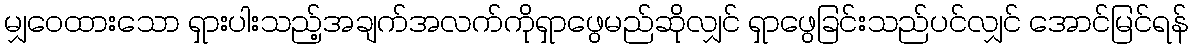
မျှဝေထားသော ရှားပါးသည့်အချက်အလက်ကိုရှာဖွေမည်ဆိုလျှင် ရှာဖွေခြင်းသည်ပင်လျှင် အောင်မြင်ရန်